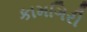
કામગિરી